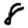
Digit: 8